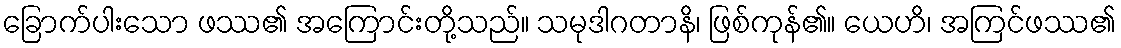
ခြောက်ပါးသော ဖဿ၏ အကြောင်းတို့သည်။ သမုဒါဂတာနိ၊ ဖြစ်ကုန်၏။ ယေဟိ၊ အကြင်ဖဿ၏